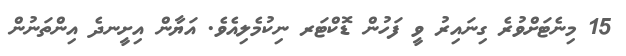
15 މިނެޓަށްވުރެ ގިނައިރު ވީ ފަހުން ޑޮކްޓަރ ނިކުމެލިއެވެ. އަޔާން އިށީނދެ އިންތަނުން